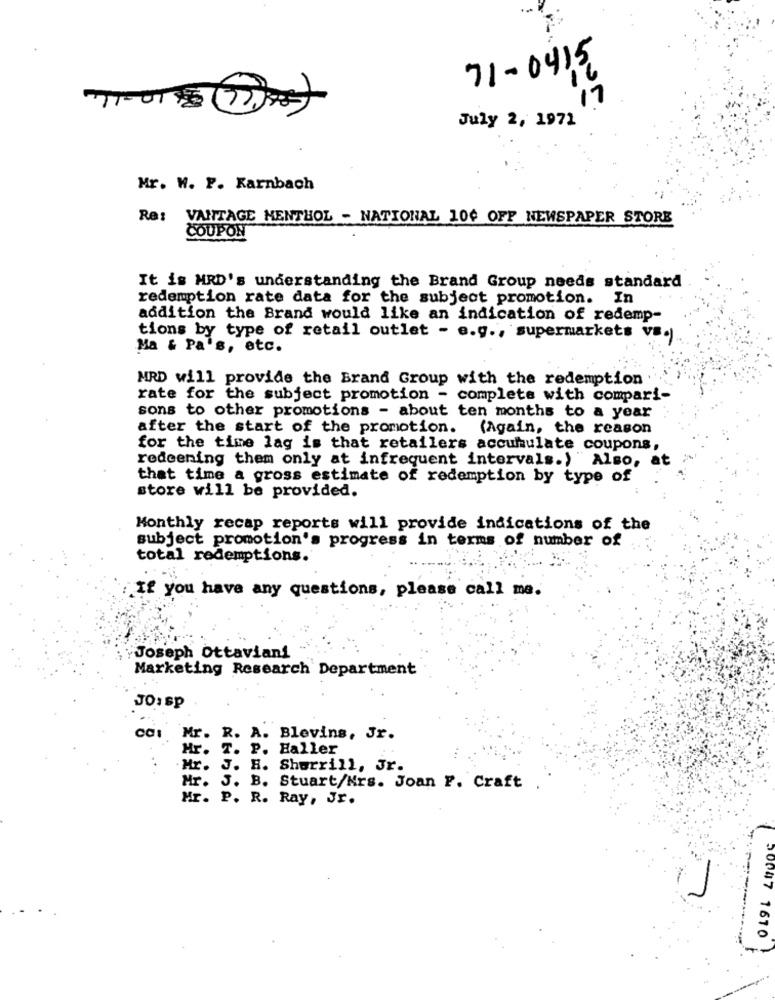
71-04 15
17
July 2, 1971
Mr. W. F. Karnbach
Re: VANTAGE MENTHOL - NATIONAL 100 OFF NEWSPAPER STORE
COUPON
It is MRD's understanding the Brand Group needs standard
redemption rate data for the subject promotion. In
addition the Brand would like an indication of redemp-
tions by type of retail outlet - e.g ., supermarkets vs.
Ma & Pa's, etc.
MRD will provide the Brand Group with the redemption
rate for the subject promotion - complete with compari-
sons to other promotions - about ten months to a year
after the start of the promotion.
(Again, the reason
for the time lag is that retailers accumulate coupons,
redeening them only at infrequent intervals.) " Also,
that time a gross estimate of redemption by type of
store will be provided.
Monthly recap reports will provide indications of the
subject promotion's progress in terms of number of
total redemptions.
If you have any questions, please call me.
Joseph Ottaviani
Marketing Research Department
JO: sp
coi Mr. R. A. Blevins, Jr.
Hr.
T. P. Haller
.Hr. J. H. Sherrill, Jr.
Mr. J. B. Stuart/Mrs. Joan F. Craft.
Mr. P. R. Ray, Jr.
30047 1610